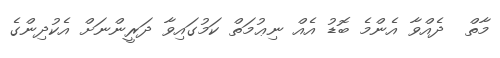
މާތް  ދެއްވާ އެންމެ ބޮޑު އެއް ނިޢުމަތް ކަމުގައިވާ ދަރީންނަށް އެކުދިންގެ